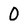
Character: 0